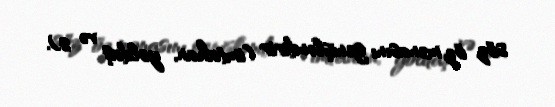
söz öz mənasını genişləndirir (imtahan, yoldaş və s).